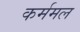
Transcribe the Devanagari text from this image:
कर्ममल